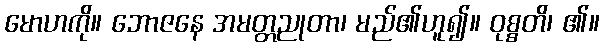
မောဟကို။ ဘောဇနေ အမတ္တညုတာ၊ မည်၏ဟူ၍။ ဝုစ္စတိ၊ ၏။